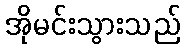
အိုမင်းသွားသည်